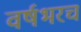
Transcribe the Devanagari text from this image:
वर्षभरच